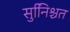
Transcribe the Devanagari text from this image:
सुनििश्चत